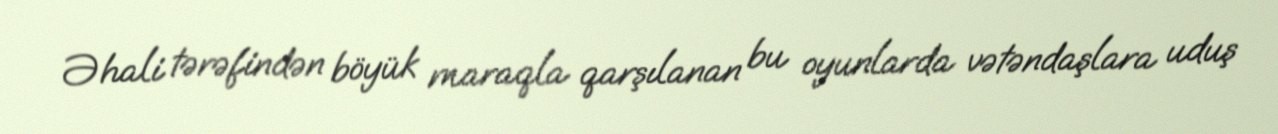
Əhali tərəfindən böyük maraqla qarşılanan bu oyunlarda vətəndaşlara uduş